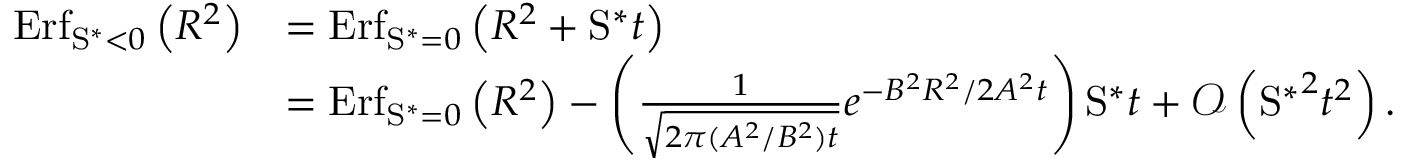
\begin{array} { r l } { \mathrm { E r f } _ { \mathrm { S } ^ { \ast } < 0 } \left( R ^ { 2 } \right) } & { = \mathrm { E r f } _ { \mathrm { S } ^ { \ast } = 0 } \left( R ^ { 2 } + \mathrm { S } ^ { \ast } t \right) } \\ & { = \mathrm { E r f } _ { \mathrm { S } ^ { \ast } = 0 } \left( R ^ { 2 } \right) - \left( \frac { 1 } { \sqrt { 2 \pi ( A ^ { 2 } / B ^ { 2 } ) t } } e ^ { - B ^ { 2 } R ^ { 2 } / 2 A ^ { 2 } t } \right) \mathrm { S } ^ { \ast } t + \mathcal { O } \left( { \mathrm { S } ^ { \ast } } ^ { 2 } t ^ { 2 } \right) . } \end{array}